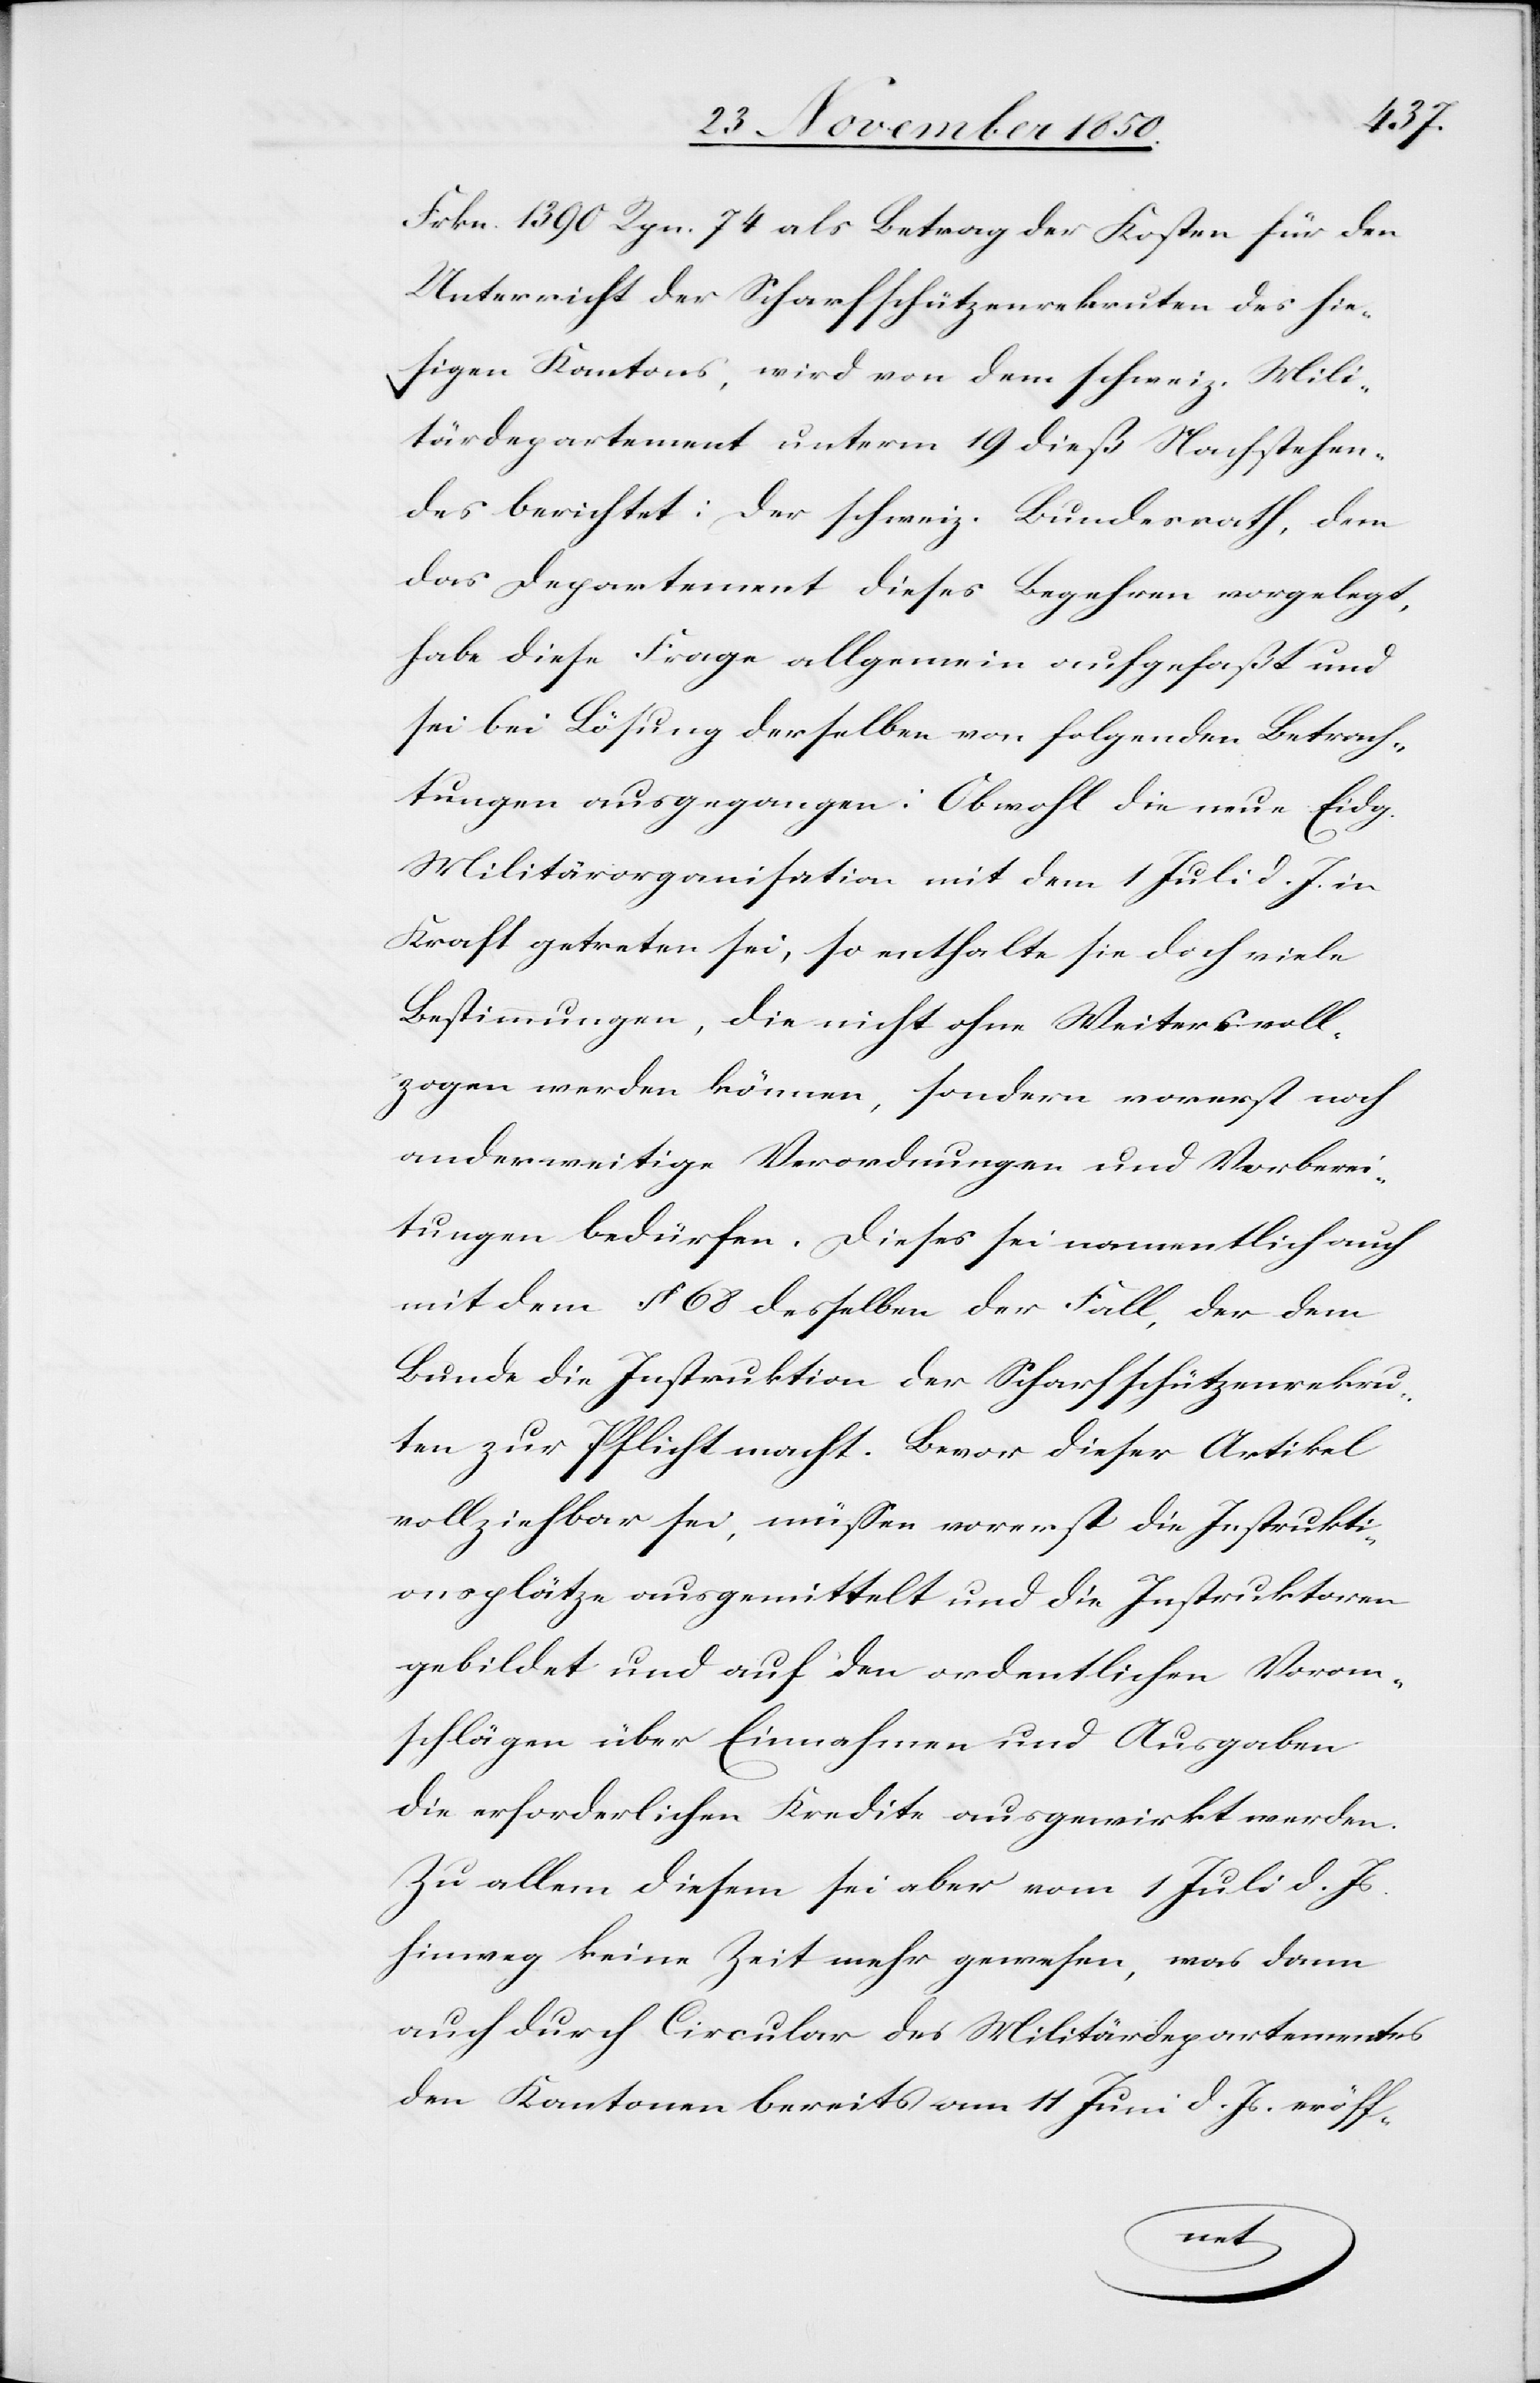
Frkn. 1390 Rpn. 74 als Betrag der Kosten für den
Unterricht der Scharfschützenrekruten des hie¬
sigen Kantons, wird von dem schweiz. Mili¬
tärdepartement unterm 19 dieß Nachstehen¬
des berichtet: Der schweiz. Bundesrath, dem
das Departement dieses Begehren vorgelegt,
habe diese Frage allgemein aufgefaßt und
sei bei Lösung derselben von folgenden Betrach¬
tungen ausgegangen: Obwohl die neue Eidg.
Militärorganisation mit dem 1 Juli d. J. in
Kraft getreten sei, so enthalte sie doch viele
Bestimmungen, die nicht ohne Weiters voll¬
zogen werden können, sondern vorerst noch
anderweitige Verordnungen und Vorberei¬
tungen bedürfen. Dieses sei namentlich auch
mit dem § 68 desselben der Fall, der dem
Bunde die Instruktion der Scharfschützenrekru¬
ten zur Pflicht macht. Bevor dieser Artikel
vollziehbar sei, müssen vorerst die Instrukti¬
onsplätze ausgemittelt und die Instruktoren
gebildet und auf den ordentlichen Voran¬
schlägen über Einnahmen und Ausgaben
die erforderlichen Kredite ausgewirkt werden.
Zu allem diesem sei aber vom 1 Juli d. Js.
hinweg keine Zeit mehr gewesen, was dann
auch durch Circular des Militärdepartementes
den Kantonen bereits am 11 Juni d. Js. eröff-